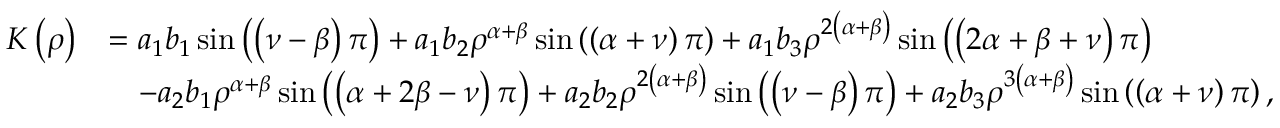
\begin{array} { r l } { K \left( \rho \right) } & { = a _ { 1 } b _ { 1 } \sin \left( \left( \nu - \beta \right) \pi \right) + a _ { 1 } b _ { 2 } \rho ^ { \alpha + \beta } \sin \left( \left( \alpha + \nu \right) \pi \right) + a _ { 1 } b _ { 3 } \rho ^ { 2 \left( \alpha + \beta \right) } \sin \left( \left( 2 \alpha + \beta + \nu \right) \pi \right) } \\ & { \quad - a _ { 2 } b _ { 1 } \rho ^ { \alpha + \beta } \sin \left( \left( \alpha + 2 \beta - \nu \right) \pi \right) + a _ { 2 } b _ { 2 } \rho ^ { 2 \left( \alpha + \beta \right) } \sin \left( \left( \nu - \beta \right) \pi \right) + a _ { 2 } b _ { 3 } \rho ^ { 3 \left( \alpha + \beta \right) } \sin \left( \left( \alpha + \nu \right) \pi \right) , } \end{array}